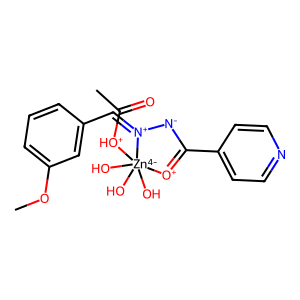
SMILES: COc1cccc(C=[N+]2[N-]C(c3ccncc3)=[O+][Zn-4]2(O)(O)(O)[OH+]C(C)=O)c1
Inhibits HIV replication: No